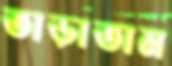
তাড়াতাম